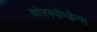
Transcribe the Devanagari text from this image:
कोरस्पोन्डेन्स